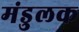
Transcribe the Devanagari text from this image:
मंडुलक